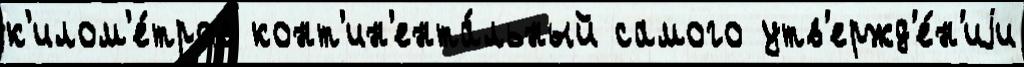
к'илом'е́тров конт'ин'ента́льный самого утв'ержд'е́н'иjи